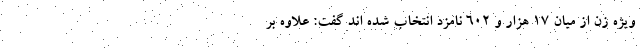
ویژه زن از میان ۱۷ هزار و ۶۰۲ نامزد انتخاب شده اند گفت: علاوه بر